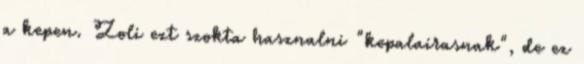
a kepen. Zoli ezt szokta hasznalni "kepalairasnak", de ez